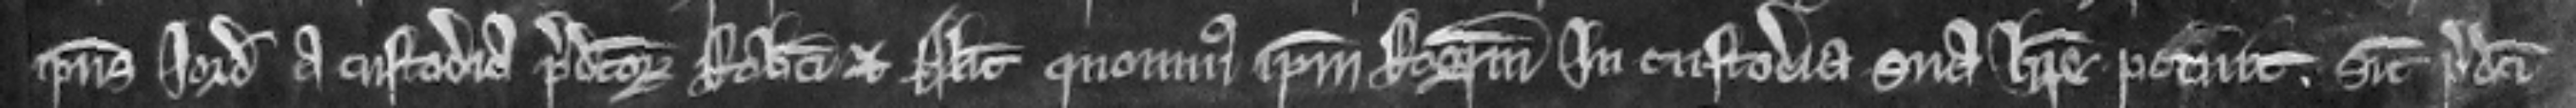
ipsius Jordani a custodia predictorum Roberti et Alicie quominus ipsum Rogerum in custodia sua habere potuit. sicut predicti